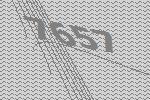
7657